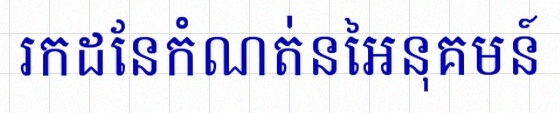
រកដែនកំណត់នៃអនុគមន៍